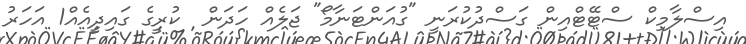
އިސްލާމިކް ސްޓޭޓްއިން ގަސްދުކުރަނީ "ގުއަންޓަނާމޯ" ޖަލެއް ހަދަން  ކުރީގެ ގައިދީއެއް1 އަހަރު